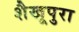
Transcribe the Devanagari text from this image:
शैखूपुरा